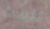
لنبحث